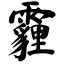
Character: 霾